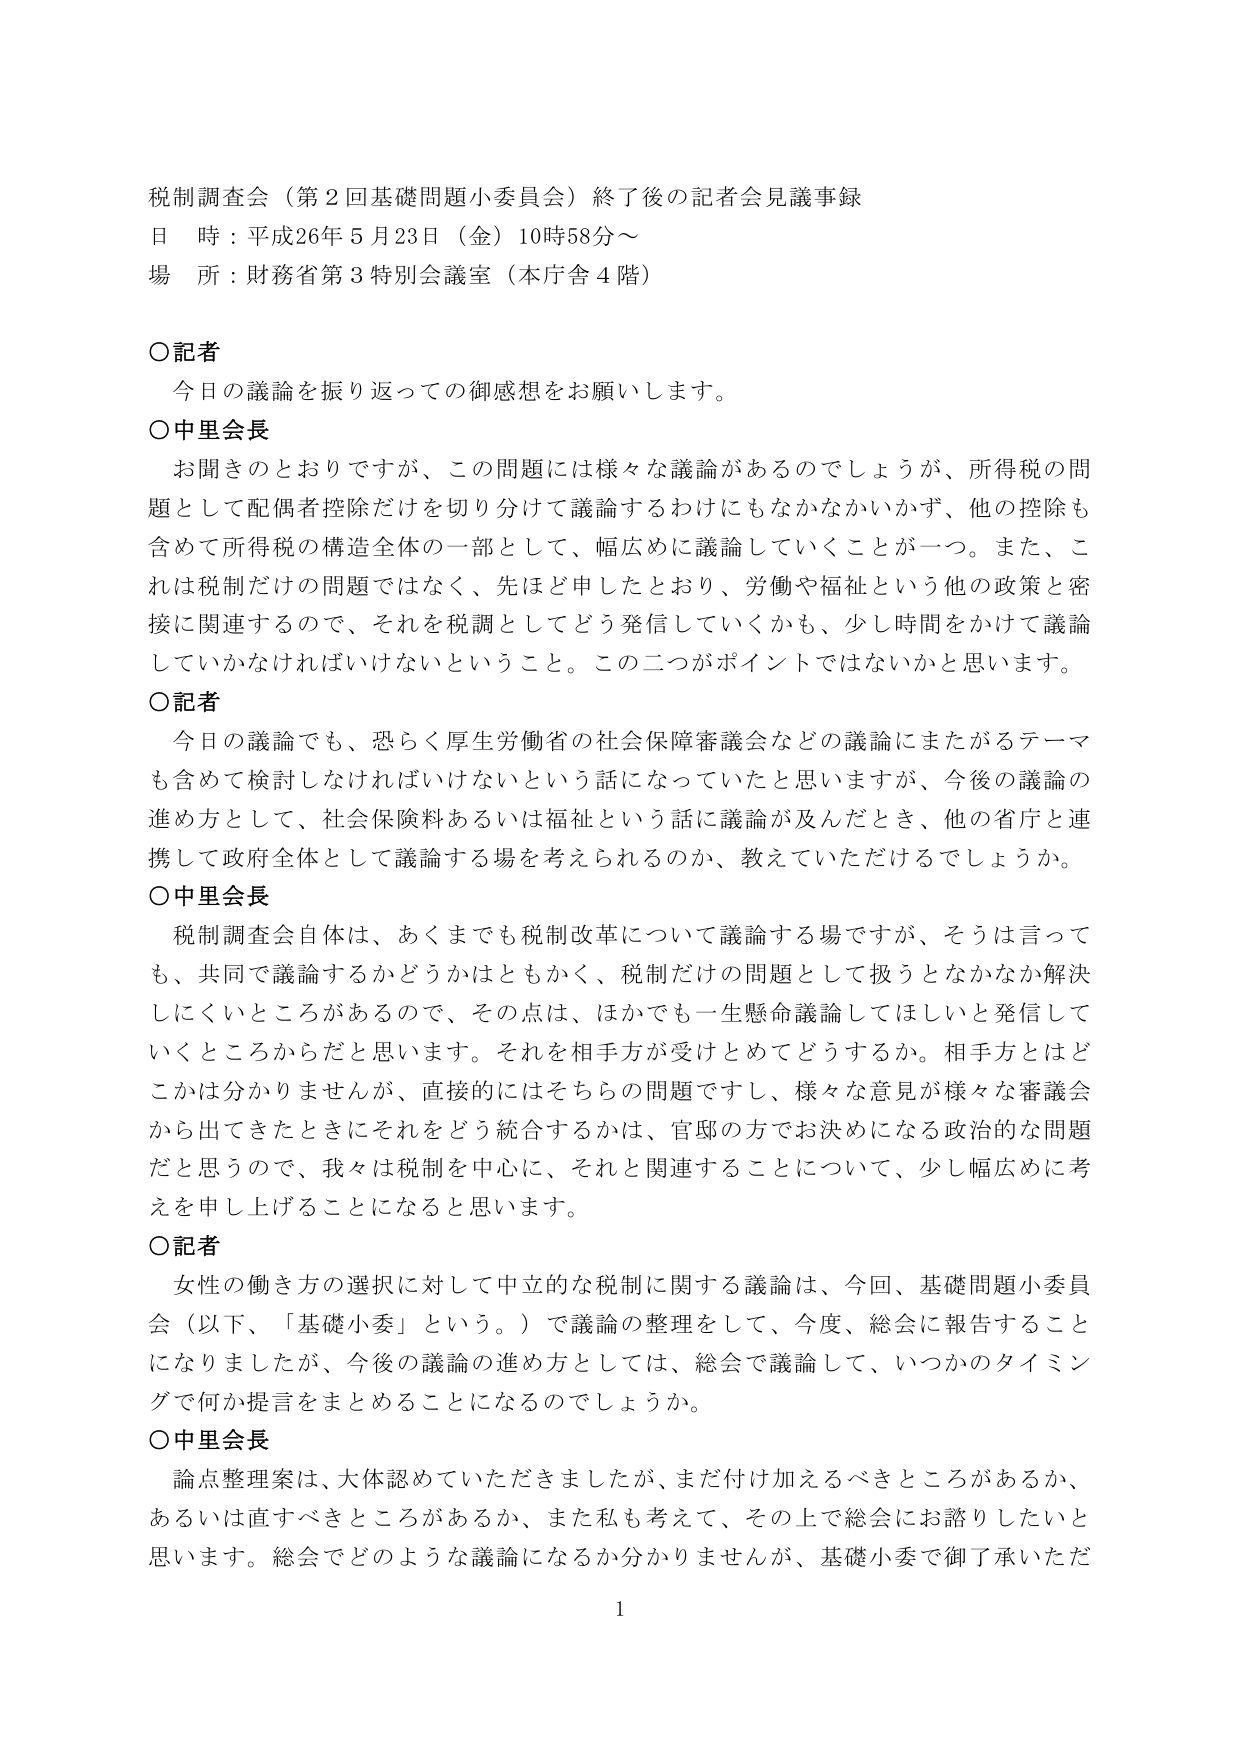
税制調査会（第2回基礎問題小委員会）終了後の記者会見議事録
日 時：平成26年5月23日（金）10時58分～
場 所：財務省第3特別会議室（本庁舎4階）

○記者
　今日の議論を振り返っての御感想をお願いします。

○中里会長
　お聞きのとおりですが、この問題には様々な議論があるのでしょうが、所得税の問題として配偶者控除だけを切り分けて議論するわけにもなかなかいかず、他の控除も含めて所得税の構造全体の一部として、幅広めに議論していくことが一つ。また、これは税制だけの問題ではなく、先ほど申しましたとおり、労働や福祉という他の政策と密接に関連するので、それを税制としてどう発信していくかも、少し時間をかけて議論していかなければならないということ。この二つがポイントではないかと思います。

○記者
　今日の議論でも、恐らく厚生労働省の社会保障審議会などの議論にまたがるテーマも含めて検討しなければいけないという話になっていたと思いますが、今後の議論の進め方として、社会保険料あるいは福祉という話に議論が及んだとき、他の省庁と連携して政府全体として議論する場を考えられるのか、教えていただけるでしょうか。

○中里会長
　税制調査会自体は、あくまでも税制改革について議論する場ですが、そうは言っても、共同で議論するかどうかはともかく、税制だけの問題として扱うとなかなか解決しにくいところがあるので、その点は、ほかでも一生懸命議論してほしいと発信していくところからだと思います。それを相手方が受けとめてどうするか。相手方とはどこかは分かりませんが、直接的にはそちらの問題ですし、様々な意見が様々な審議会から出てきたときにそれをどう統合するかは、官邸の方でお決めになる政治的な問題だと思うので、我々は税制を中心に、それと関連することについて、少し幅広めに考えを申し上げることになると思います。

○記者
　女性の働き方の選択に対して中立的な税制に関する議論は、今回、基礎問題小委員会（以下、「基礎小委」という。）で議論の整理をして、今度、総会に報告することになりましたが、今後の議論の進め方としては、総会で議論して、いつかのタイミングで何か提言をまとめるうことになるのでしょうか。

○中里会長
　論点整理案は、大体認めていただきましたが、まだ付け加えるべきところがあるか、あるいは直すべきところがあるか、また私も考えて、その上で総会にお諮りしたいと思います。総会でどのような議論になるか分かりませんが、基礎小委で御了承いただ